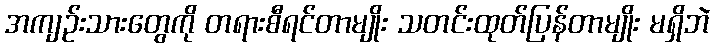
အကျဉ်းသားတွေကို တရားစီရင်တာမျိုး သတင်းထုတ်ပြန်တာမျိုး မရှိဘဲ